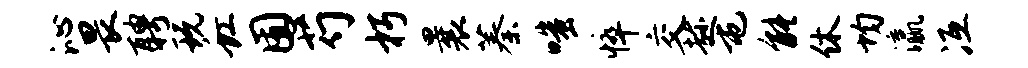
沁畏聘玩虹囿芍朽曩蓁嗤悴交趁屯能休均瀛冱